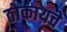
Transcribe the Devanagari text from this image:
ठोकायचे